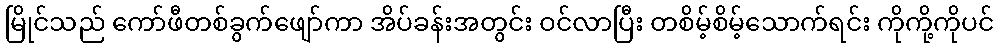
မြိုင်သည် ကော်ဖီတစ်ခွက်ဖျော်ကာ အိပ်ခန်းအတွင်း ဝင်လာပြီး တစိမ့်စိမ့်သောက်ရင်း ကိုကို့ကိုပင်